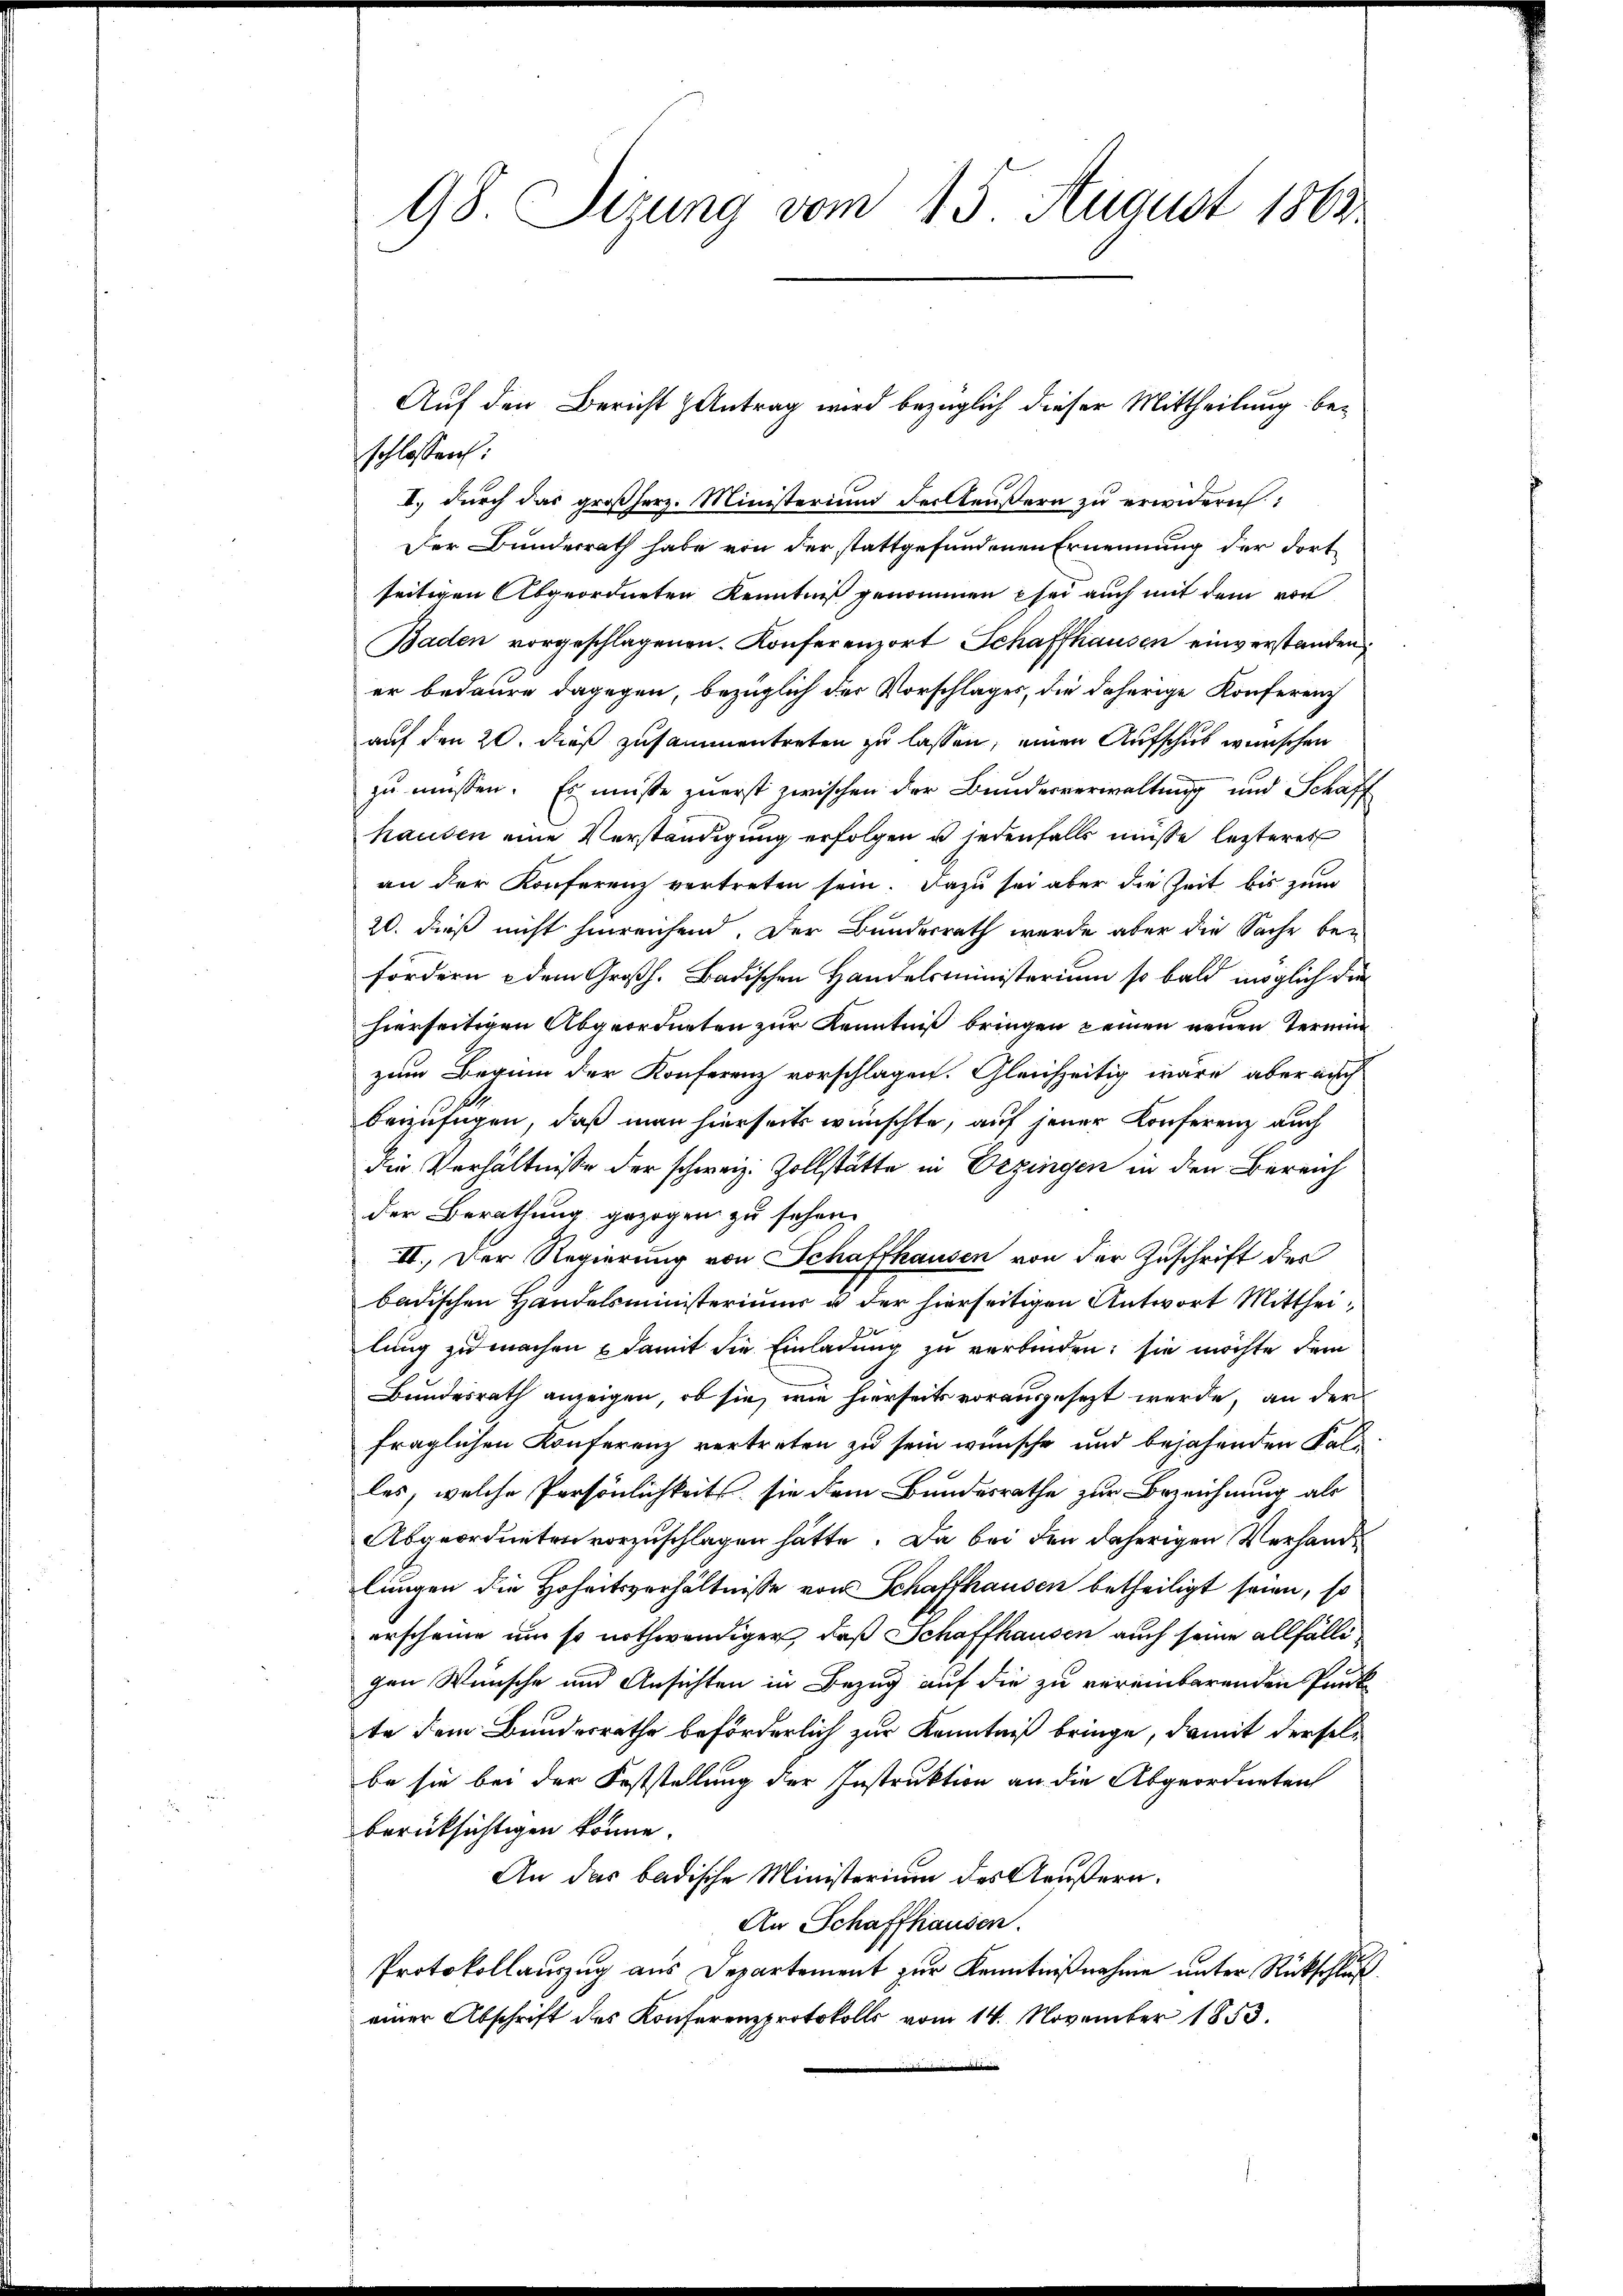
98. Sizung vom 15. August 1863

schlossen:
I. durch das großherz. Ministerium der Aeußern zu erwidern:
Der Bunderrath habe von der stattgefundenen Ernennung der dortseitigen Abgeordneten Kenntniß genommen sei auch mit dem von
Baden vorgeschlagenen Konferenzort Schaffhausen einverstanden
er bedaure dagegen, bezüglich der Vorschlages, die daherige Konferenz
auf den 20. dieß zusammentreten zu lassen, einen Aufschub wünschen
zu müssen. Es müsse zuerst zwischen der Bundesverwaltung und Schaff
hausen eine Verständigung erfolgen u jedenfalls müsse letzteres
an der Konferenz vertreten sein. Dazu sei aber die Zeit bis zum
20. dieß nicht hinreichend. Der Bundesrath wurde aber die Sache be-
fordern dem Großh. Badischen Handelsministerium so bald möglich die
hierseitigen Abgeordneten zur Kenntniß bringen keinen neuen Termin
zum Beginn der Konferenz vorschlagen. Gleichzeitig wäre, aber auch
beizufügen, daß man hierseits wünschte, auf jener Konferenz auch
die Verhältnisse der schweiz. Zollstätte in Erzingen in den Bereich
der Berathung gezogen zu sehen.
II. Der Regierung von Schaffhausen von der Zuschrift des
badischen Handelsministeriums u der hierseitigen Antwort Mittheilung zu machen & damit die Einladung zu verbinden; sie möchte dem
Bundesrath anzeigen, ob sie, wie hierseits vorausgesezt werde, an der
fraglichen Konferenz vertreten zu sein wünsche und bejahenden Kalles, welche Persönlichkeits sie dem Bundesrathe zur Bezeichnung als
Abgeordneten vorzuschlagen hätte. Da bei den daherigen Verhande
lungen die Hoheitsverhältnisse von Schaffhausen betheiligt seien, so
erscheine um so nothwendiger, daß Schaffhausen auch seine allfälligen Wünsche und Ansichten in Bezug auf die zu vereinbarenden Punk
te dem Bundesrathe beförderlich zur Kenntniß bringe, damit derselbe sie bei der Feststellung der Instruktion an die Abgeordneten
berücksichtigen könne.
An das badische Ministerium des Aeußern.
An Schaffhausen.
Protokollauszug aus Departement zur Kenntnißnahme unter Rückschluß
einer Abschrift des Konferenzprotokolls vom 14. November 1853.

Auf den Bericht antrag wird bezüglich dieser Mittheilung be¬